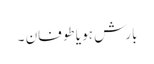
بارش ہو یا طوفان ۔